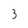
Character: 3